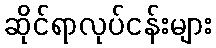
ဆိုင်ရာလုပ်ငန်းများ